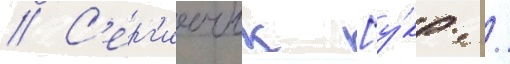
// С'ерг'иичук [у́кр. /